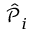
\hat { \mathcal { P } } _ { i } ^ { \phantom { \dagger } }